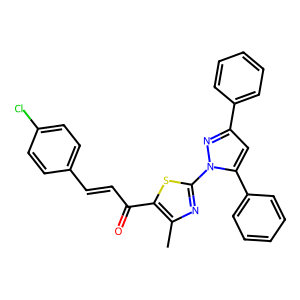
SMILES: Cc1nc(-n2nc(-c3ccccc3)cc2-c2ccccc2)sc1C(=O)C=Cc1ccc(Cl)cc1
Inhibits HIV replication: No